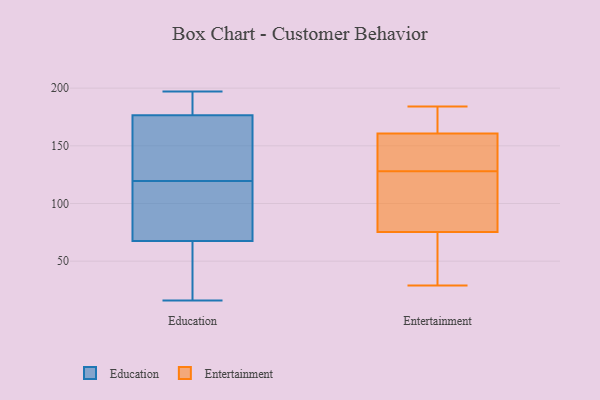
{"axis": {"x": "Waste Production (Tons)", "y": "Value"}, "legend": ["Education", "Entertainment"], "data": [{"x": "", "y": 46, "type": "Education"}, {"x": "", "y": 118, "type": "Education"}, {"x": "", "y": 193, "type": "Education"}, {"x": "", "y": 71, "type": "Education"}, {"x": "", "y": 162, "type": "Education"}, {"x": "", "y": 166, "type": "Education"}, {"x": "", "y": 112, "type": "Education"}, {"x": "", "y": 121, "type": "Education"}, {"x": "", "y": 197, "type": "Education"}, {"x": "", "y": 64, "type": "Education"}, {"x": "", "y": 32, "type": "Education"}, {"x": "", "y": 76, "type": "Education"}, {"x": "", "y": 16, "type": "Education"}, {"x": "", "y": 113, "type": "Education"}, {"x": "", "y": 123, "type": "Education"}, {"x": "", "y": 187, "type": "Education"}, {"x": "", "y": 40, "type": "Education"}, {"x": "", "y": 187, "type": "Education"}, {"x": "", "y": 194, "type": "Education"}, {"x": "", "y": 125, "type": "Education"}, {"x": "", "y": 29, "type": "Entertainment"}, {"x": "", "y": 157, "type": "Entertainment"}, {"x": "", "y": 73, "type": "Entertainment"}, {"x": "", "y": 86, "type": "Entertainment"}, {"x": "", "y": 165, "type": "Entertainment"}, {"x": "", "y": 154, "type": "Entertainment"}, {"x": "", "y": 182, "type": "Entertainment"}, {"x": "", "y": 184, "type": "Entertainment"}, {"x": "", "y": 135, "type": "Entertainment"}, {"x": "", "y": 128, "type": "Entertainment"}, {"x": "", "y": 82, "type": "Entertainment"}, {"x": "", "y": 66, "type": "Entertainment"}, {"x": "", "y": 95, "type": "Entertainment"}, {"x": "", "y": 180, "type": "Entertainment"}, {"x": "", "y": 51, "type": "Entertainment"}, {"x": "", "y": 162, "type": "Entertainment"}, {"x": "", "y": 61, "type": "Entertainment"}, {"x": "", "y": 112, "type": "Entertainment"}, {"x": "", "y": 149, "type": "Entertainment"}]}